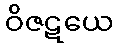
ဝိဇဋယေ